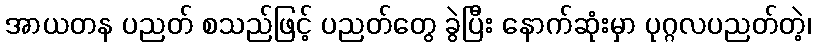
အာယတန ပညတ် စသည်ဖြင့် ပညတ်တွေ ခွဲပြီး နောက်ဆုံးမှာ ပုဂ္ဂလပညတ်တဲ့၊